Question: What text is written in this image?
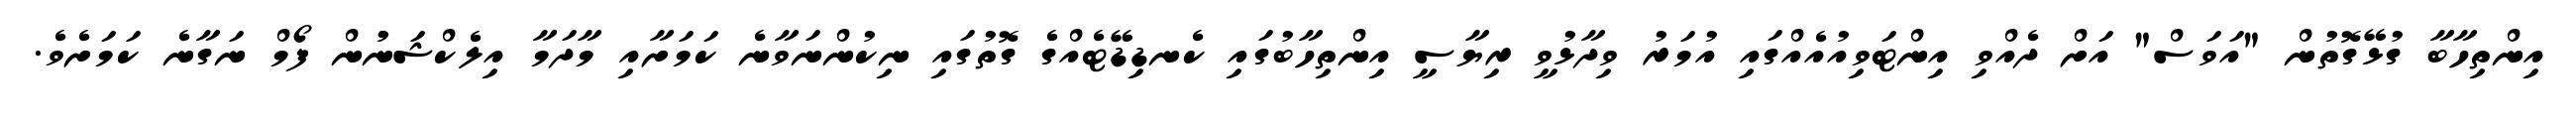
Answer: އިންތިހާބާ ގުޅޭގޮތުން "އަވަސް" އަށް ދެއްވި އިންޓަވިއުއެއްގައި އުމަރު ވިދާޅުވީ ރިޔާސީ އިންތިހާބުގައި ކެނޑިޑޭޓެއްގެ ގޮތުގައި ނިކުންނަވާނެ ކަމަށާއި މާދަމާ އިލެކްޝަނުުން ފޯމް ނަގާނެ ކަމަށެވެ.